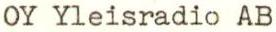
OY Yleisradio AB